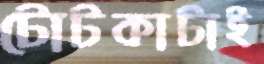
টোটকাটাই